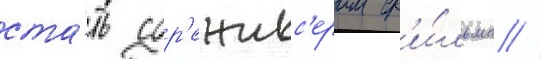
ста́ть сор'ежисс'ером ф'и́льма //